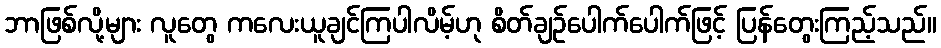
ဘာဖြစ်လို့များ လူတွေ ကလေးယူချင်ကြပါလိမ့်ဟု စိတ်ချဉ်ပေါက်ပေါက်ဖြင့် ပြန်တွေးကြည့်သည်။